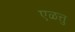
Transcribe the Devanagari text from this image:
एळत्तु